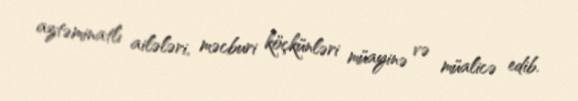
aztəminatlı ailələri, məcburi köçkünləri müayinə və müalicə edib.